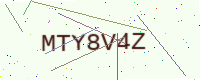
Text: MTY8V4Z